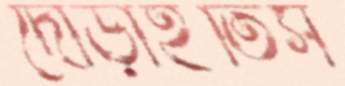
দৌড়াইতিস